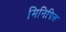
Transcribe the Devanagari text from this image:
मिनिपिल